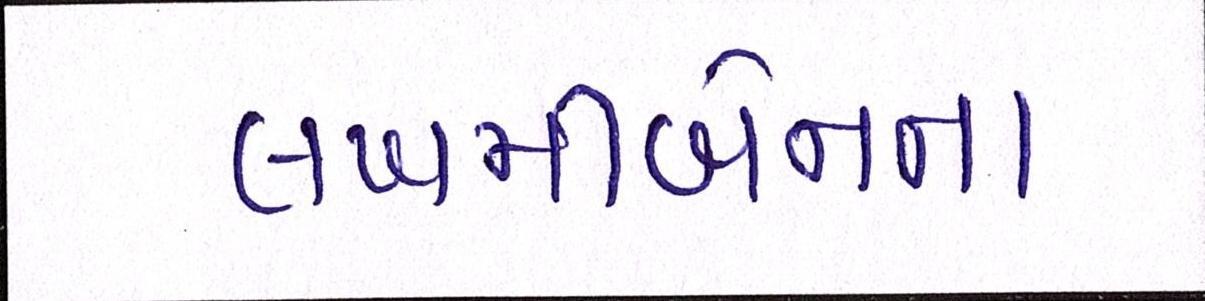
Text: લખમીબેનના